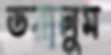
ডরালুম